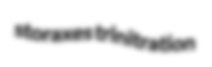
storaxes trinitration